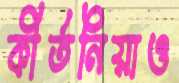
কীর্তনিয়াও